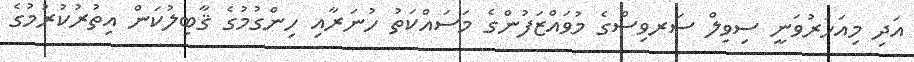
އަދި މިއަހަރުވަނީ ސިވިލް ސަރވިސްގެ މުވައްޒަފުންގެ މަސައްކަތު ހުނަރާއި ހިންގުމުގެ ޤާބިލުކަން އިތުރުކުރުމުގެ